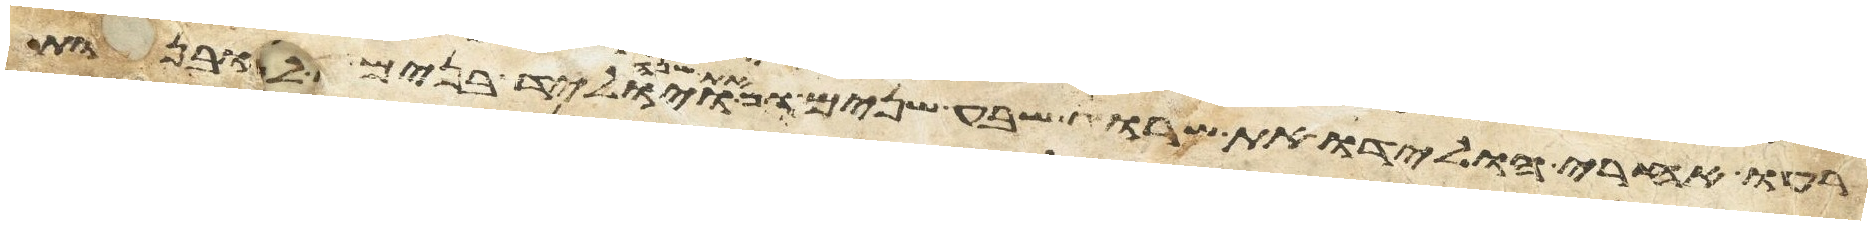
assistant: רעו אחרי הולידו את שרוג שבע שנים ומאת שנה ויוליד בנים ובנות